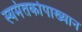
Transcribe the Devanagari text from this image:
स्यमंतकोपाख्यान